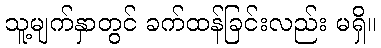
သူ့မျက်နှာတွင် ခက်ထန်ခြင်းလည်း မရှိ။